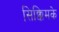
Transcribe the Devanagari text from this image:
सिक्किमके